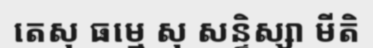
តេសុ ធម្មេ សុ សន្ទិស្សា មីតិ